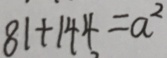
8 1 + 1 4 4 = a ^ { 2 }